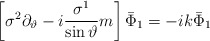
\begin{align*}\left[ \sigma ^2\partial _\vartheta -i\frac{\sigma ^1}{\sin\vartheta }m\right] \bar \Phi _1=-ik\bar \Phi _1\end{align*}